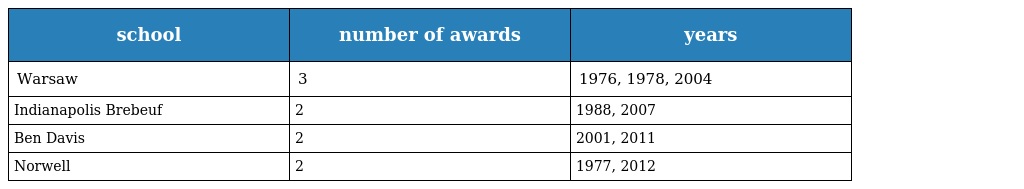
| school | number of awards | years |
 | --- | --- | --- |
 | Warsaw | 3 | 1976, 1978, 2004 |
 | Indianapolis Brebeuf | 2 | 1988, 2007 |
 | Ben Davis | 2 | 2001, 2011 |
 | Norwell | 2 | 1977, 2012 |